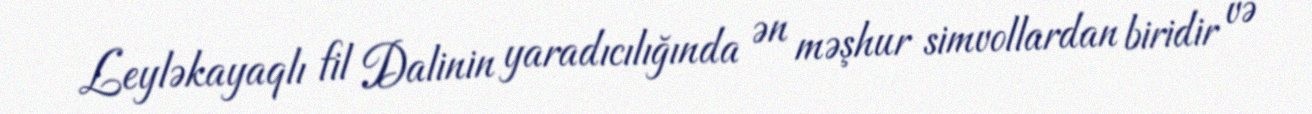
Leyləkayaqlı fil Dalinin yaradıcılığında ən məşhur simvollardan biridir və